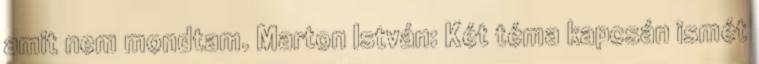
amit nem mondtam. Marton István: Két téma kapcsán ismét